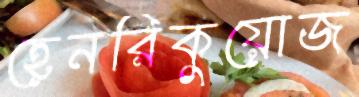
হেনরিকুয়োজ